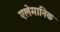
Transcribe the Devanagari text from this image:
एलेमानिक